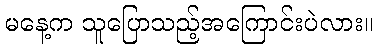
မနေ့က သူပြောသည့်အကြောင်းပဲလား။